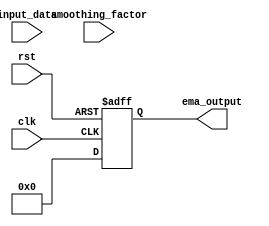
module EMA_accumulator (
   input wire clk,
   input wire rst,
   input wire [15:0] input_data,
   input wire [15:0] smoothing_factor,
   output reg [15:0] ema_output
);

reg [15:0] prev_ema;
reg [15:0] temp;

always @ (posedge clk or posedge rst) begin
   if (rst) begin
      prev_ema <= 16'b0;
      temp <= 16'b0;
   end else begin
      temp <= ((input_data * smoothing_factor) + (prev_ema * (16'h10000 - smoothing_factor))) >> 16;
      prev_ema <= temp;
   end
end

assign ema_output = temp;

endmodule